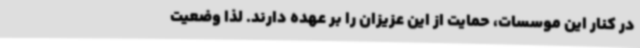
در کنار این موسسات، حمایت از این عزیزان را بر عهده دارند. لذا وضعیت